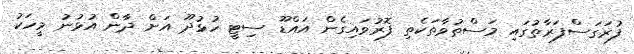
ފުރަގަސްފަރާތުގައި މަސްތުވާތަކެތި ފޮރުވައިގެން އައްޑޫ ސިޓީ ހުޅުދޫ އަށް ދާން އުޅުނު މީހަކު